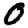
Digit: 0